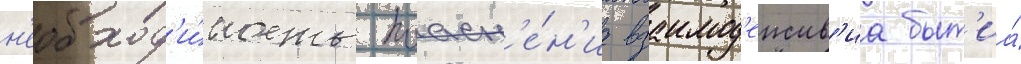
н'еобход'и́мость поасн'е́н'иа взаимод'еиств'иа быт'иа́